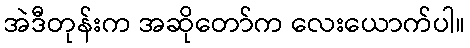
အဲဒီတုန်းက အဆိုတော်က လေးယောက်ပါ။